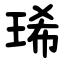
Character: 琋